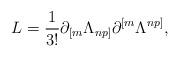
LaTeX: \begin{align*}L={1\over{3!}}\partial_{[m}\Lambda_{np]}\partial^{[m}\Lambda^{np]},\end{align*}